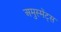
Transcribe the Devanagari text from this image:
अमुस्मेंट्स